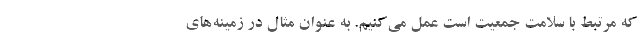
که مرتبط با سلامت جمعیت است عمل می‌کنیم. به‌ عنوان مثال در زمینه‌های